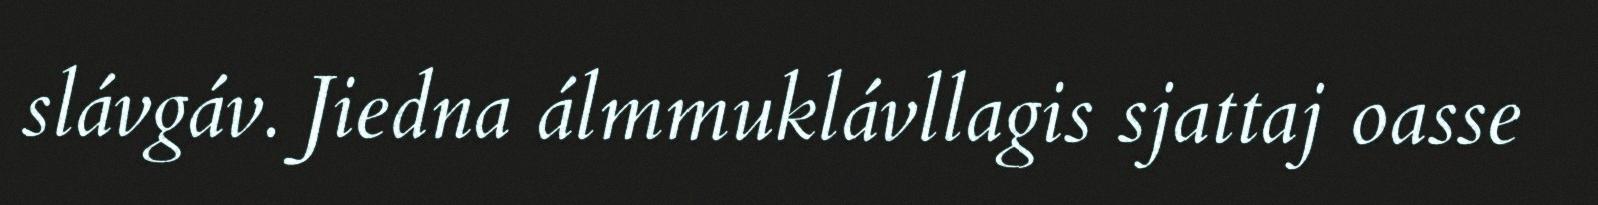
slávgáv. Jiedna álmmuklávllagis sjattaj oasse